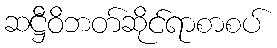
ဆဋ္ဌီဝိဘတ်ဆိုင်ရာစာစပ်